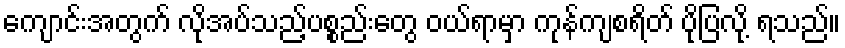
ကျောင်းအတွက် လိုအပ်သည့်ပစ္စည်းတွေ ဝယ်ရာမှာ ကုန်ကျစရိတ် ပိုပြလို့ ရသည်။